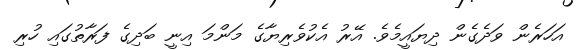
އަހަރެން ވަދެގެން ދިޔައީމެވެ. އޭރު އެކުވެރިޔާގެ މަންމަ އިނީ ބަދިގެ ފަރާތުގައި ހުރި